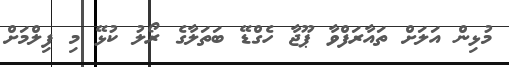
މުޅިން އަލަށް ތައާރަފްވާ ޕޫޖާ ހެގްޑޭ ބަތަލާގެ ރޯލު ކުޅޭ މި ފިލްމަށް